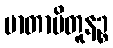
မာတာပိတူနဉ္စ